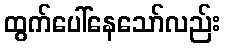
ထွက်ပေါ်နေသော်လည်း